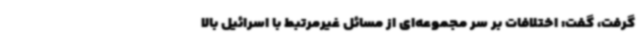
گرفت، گفت: اختلافات بر سر مجموعه‌ای از مسائل غیرمرتبط با اسرائیل بالا